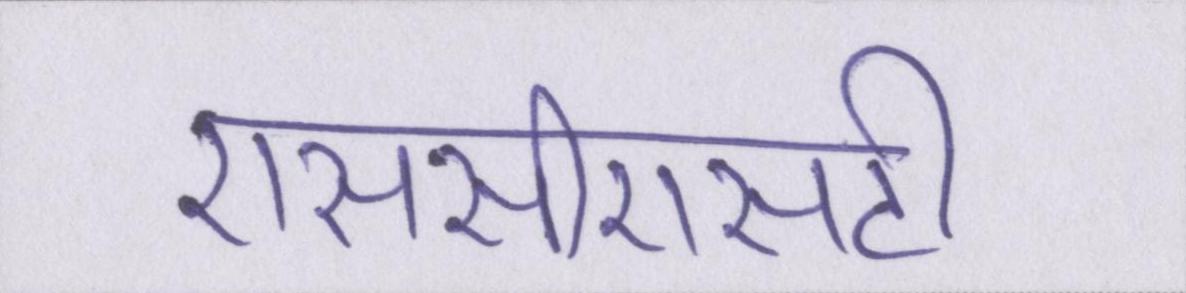
एससीएसटी